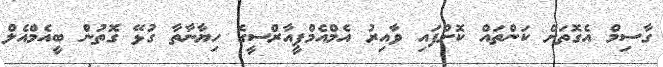
ގާސިމް އެގޮތަށް ކަންތައް ކޮށްފައި ވާއިރު އެމްއެމްޕީއާރްސީގެ ހިޔާނާތާ ގުޅޭ ގޮތުން ބީއެމްއެލް